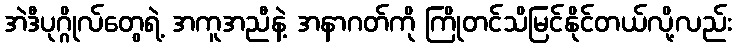
အဲဒီပုဂ္ဂိုလ်တွေရဲ့ အကူအညီနဲ့ အနာဂတ်ကို ကြိုတင်သိမြင်နိုင်တယ်လို့လည်း